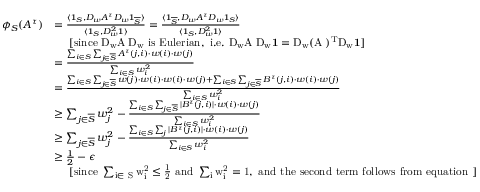
\begin{array} { r l } { \phi _ { S } ( A ^ { \tau } ) } & { = \frac { \langle \mathbf { 1 } _ { S } , D _ { w } A ^ { \tau } D _ { w } \mathbf { 1 } _ { \overline { { S } } } \rangle } { \langle \mathbf { 1 } _ { S } , D _ { w } ^ { 2 } \mathbf { 1 } \rangle } = \frac { \langle \mathbf { 1 } _ { \overline { { S } } } , D _ { w } A ^ { \tau } D _ { w } \mathbf { 1 } _ { S } \rangle } { \langle \mathbf { 1 } _ { S } , D _ { w } ^ { 2 } \mathbf { 1 } \rangle } } \\ & { \ \ \ \ \mathrm { [ s i n c e ~ \ensuremath { D _ { w } A ^ { \tau } D _ { w } } ~ i s ~ E u l e r i a n , ~ i . e . ~ \ensuremath { D _ { w } A ^ { \tau } D _ { w } \mathbf { 1 } = \ensuremath { D _ { w } ( A ^ { \tau } ) ^ { T } D _ { w } } \mathbf { 1 } } ] } } \\ & { = \frac { \sum _ { i \in S } \sum _ { j \in \overline { { S } } } A ^ { \tau } ( j , i ) \cdot w ( i ) \cdot w ( j ) } { \sum _ { i \in S } w _ { i } ^ { 2 } } } \\ & { = \frac { \sum _ { i \in S } \sum _ { j \in \overline { { S } } } w ( j ) \cdot w ( i ) \cdot w ( i ) \cdot w ( j ) + \sum _ { i \in S } \sum _ { j \in \overline { { S } } } B ^ { \tau } ( j , i ) \cdot w ( i ) \cdot w ( j ) } { \sum _ { i \in S } w _ { i } ^ { 2 } } } \\ & { \geq \sum _ { j \in \overline { { S } } } w _ { j } ^ { 2 } - \frac { \sum _ { i \in S } \sum _ { j \in \overline { { S } } } | B ^ { \tau } ( j , i ) | \cdot w ( i ) \cdot w ( j ) } { \sum _ { i \in S } w _ { i } ^ { 2 } } } \\ & { \geq \sum _ { j \in \overline { { S } } } w _ { j } ^ { 2 } - \frac { \sum _ { i \in S } \sum _ { j } | B ^ { \tau } ( j , i ) | \cdot w ( i ) \cdot w ( j ) } { \sum _ { i \in S } w _ { i } ^ { 2 } } } \\ & { \geq \frac { 1 } { 2 } - \epsilon } \\ & { \ \ \ \ \mathrm { [ s i n c e ~ \ensuremath { \sum _ { i \in ~ S } w _ { i } ^ { 2 } \leq \frac { 1 } { 2 } } ~ a n d ~ \ensuremath { \sum _ { i } w _ { i } ^ { 2 } = 1 } , ~ a n d ~ t h e ~ s e c o n d ~ t e r m ~ f o l l o w s ~ f r o m ~ e q u a t i o n ~ ] } } \end{array}